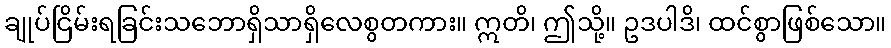
ချုပ်ငြိမ်းရခြင်းသဘောရှိသာရှိလေစွတကား။ ဣတိ၊ ဤသို့။ ဥဒပါဒိ၊ ထင်စွာဖြစ်သော။